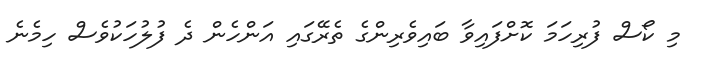
މި ކޯސް ފުރިހަމަ ކޮށްފައިވާ ބައިވެރިންގެ ތެރޭގައި އަންހެން ދެ ފުލުހަކުވެސް ހިމެނެ